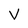
Character: V